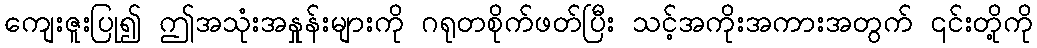
ကျေးဇူးပြု၍ ဤအသုံးအနှုန်းများကို ဂရုတစိုက်ဖတ်ပြီး သင့်အကိုးအကားအတွက် ၎င်းတို့ကို